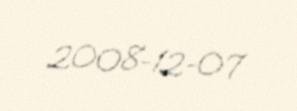
2008-12-07